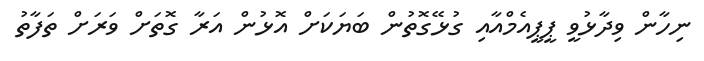
ނިހާން ވިދާޅުވީ ޕީޕީއެމްއާއި ގުޅޭގޮތުން ބަޔަކަށް އޮޅުން އަރާ ގޮތަށް ވަަރަށް ތަފާތު